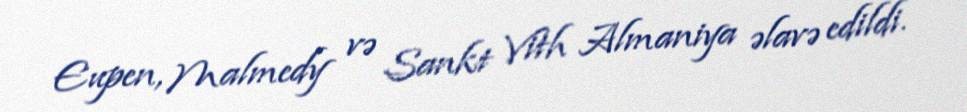
Eupen, Malmedy və Sankt Vith Almaniya əlavə edildi.